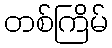
တစ်ကြိမ်